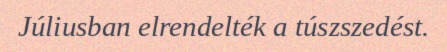
Júliusban elrendelték a túszszedést.